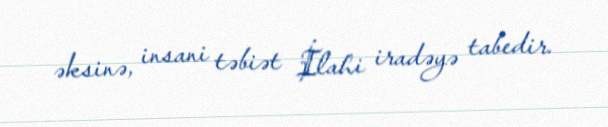
əksinə, insani təbiət İlahi iradəyə tabedir.